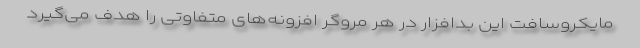
مایکروسافت این بدافزار در هر مروگر افزونه‌های متفاوتی را هدف می‌گیرد